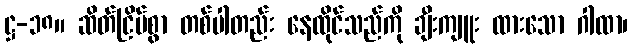
ဋ္ဌ-၁၈။ ဆိတ်ငြိမ်စွာ တစ်ပါတည်း နေထိုင်သည်ကို ချီးကျူး ထားသော ဂါထာ၊